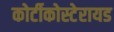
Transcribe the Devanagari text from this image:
कोर्टीकोस्टेरायड